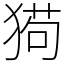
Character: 㺃